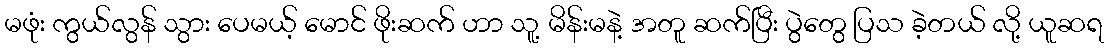
မဖုံး ကွယ်လွန် သွား ပေမယ့် မောင် ဖိုးဆက် ဟာ သူ့ မိန်းမနဲ့ အတူ ဆက်ပြီး ပွဲတွေ ပြသ ခဲ့တယ် လို့ ယူဆရ